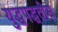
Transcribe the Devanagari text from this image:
युद्धपद्धतीस